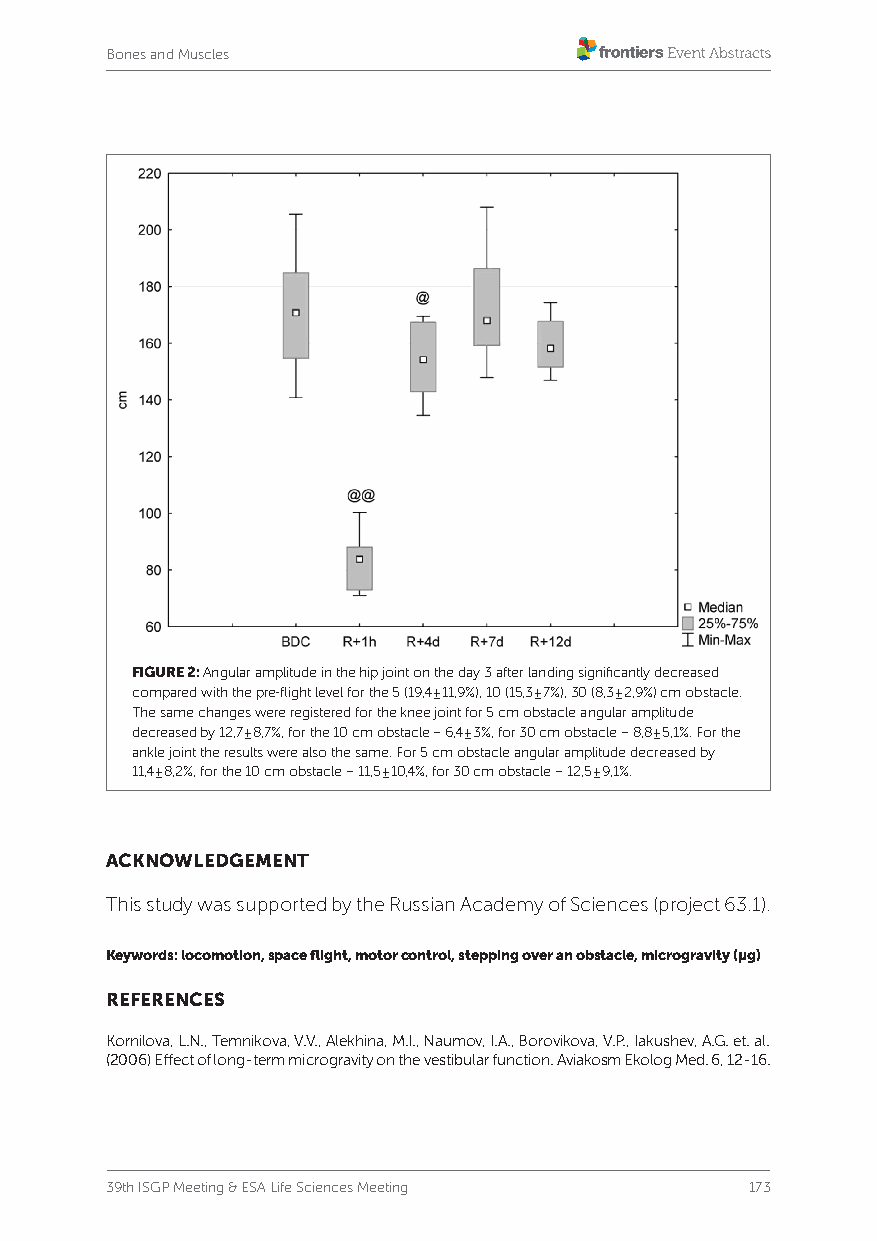
Bones and Muscles
 FIGURE 2: Angular amplitude in the hip joint on the day 3 after landing significantly decreased
 compared with the pre-flight level for the 5 (19,4±11,9%), 10 (15,3±7%), 30 (8,3±2,9%) cm obstacle.
 The same changes were registered for the knee joint for 5 cm obstacle angular amplitude
 decreased by 12,7±8,7%, for the 10 cm obstacle – 6,4±3%, for 30 cm obstacle – 8,8±5,1%. For the
 ankle joint the results were also the same. For 5 cm obstacle angular amplitude decreased by
 11,4±8,2%, for the 10 cm obstacle – 11,5±10,4%, for 30 cm obstacle – 12,5±9,1%.
 ACKNOWLEDGEMENT
 This study was supported by the Russian Academy of Sciences (project 63.1).
 Keywords: locomotion, space flight, motor control, stepping over an obstacle, microgravity (μg)
 REFERENCES
 Kornilova, L.N., Temnikova, V.V., Alekhina, M.I., Naumov, I.A., Borovikova, V.P., Iakushev, A.G. et. al.
 (2006) Effect of long-term microgravity on the vestibular function. Aviakosm Ekolog Med. 6, 12-16.
 39th ISGP Meeting & ESA Life Sciences Meeting 173